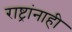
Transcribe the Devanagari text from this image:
राष्ट्रांनाही